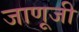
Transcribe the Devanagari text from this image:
जाणूजी